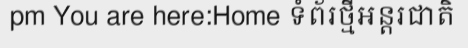
pm You are here:Home ទំព័រថ្មីអន្តរជាតិ